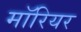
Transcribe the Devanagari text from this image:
मॉरियर